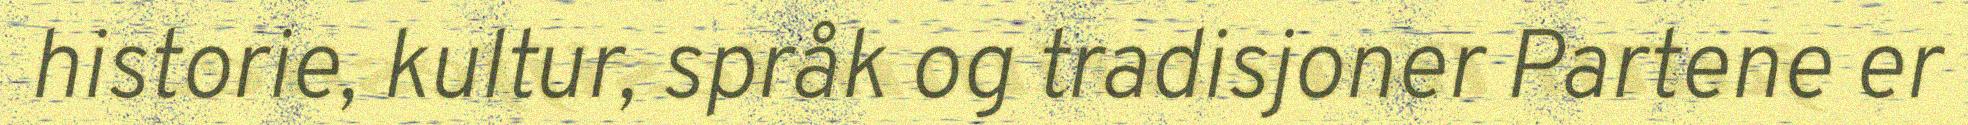
historie, kultur, språk og tradisjoner Partene er